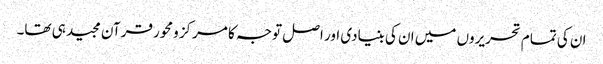
ان کی تمام تحریروں میں ان کی بنیادی اور اصل توجہ کا مرکز ومحور قرآن مجید ہی تھا۔